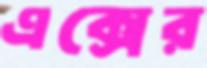
এক্সের